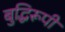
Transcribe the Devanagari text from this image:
बुद्धिरूपी